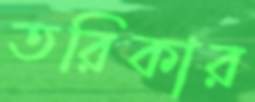
তরিকার